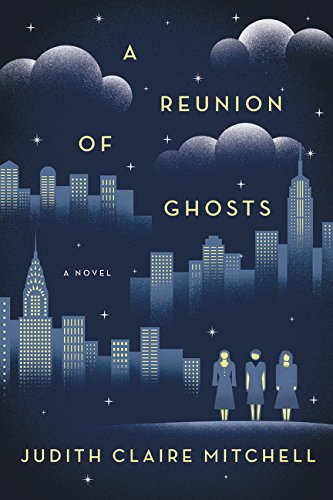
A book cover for A Reunion of Ghosts: A Novel; Judith Claire Mitchell; Literature & Fiction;